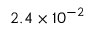
2 . 4 \times 1 0 ^ { - 2 }